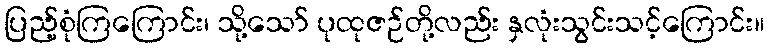
ပြည့်စုံကြကြောင်း၊ သို့သော် ပုထုဇဉ်တို့လည်း နှလုံးသွင်းသင့်ကြောင်း။